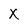
Character: X